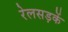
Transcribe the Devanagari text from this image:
रेलसड़कें